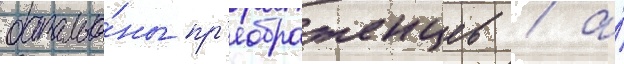
батальо́ны пр'еображенцев / а́